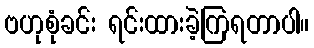
ဗဟုစုံခင်း ရင်းထားခဲ့ကြရတာပါ။